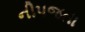
નીપજતા